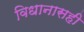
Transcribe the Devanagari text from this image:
विधानासही